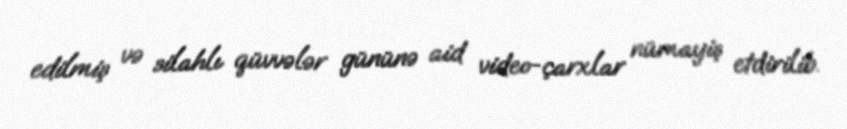
edilmiş və silahlı qüvvələr gününə aid video-çarxlar nümayiş etdirilib.